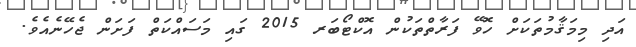
އަދި މިމަޤާމުތަކަށް ހޮވޭ ފަރާތްތަކުން އޮކްޓޯބަރ 2015 ގައި މަސައްކަތް ފަށަން ޖެހޭނެއެވެ.